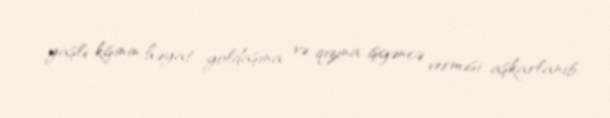
yaşlı kişinin həyat yoldaşına və qızına işgəncə verməsi aşkarlanıb.